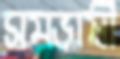
সমভাষী